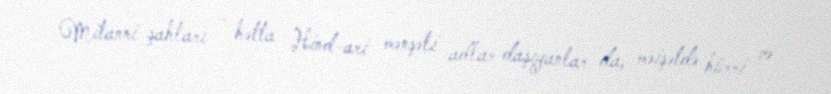
Mitanni şahları – hətta Hind-ari mənşəli adlar daşıyanlar da, məişətdə hürri və